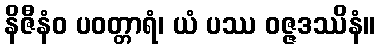
နိဇီနံဝ ပဝတ္တာရံ၊ ယံ ပဿ ဝဇ္ဇဒဿိနံ။